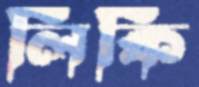
লিকি